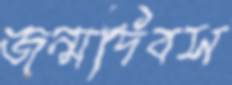
জন্মদিবস